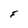
Character: F